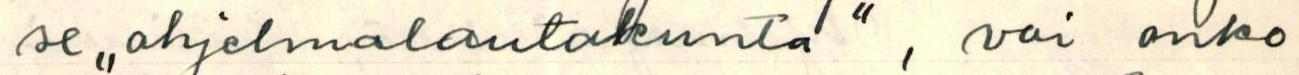
se ,,ohjelmalautakunta" , vai onko